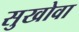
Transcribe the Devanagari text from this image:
सुखोवा